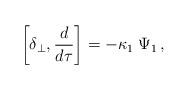
LaTeX: \begin{align*}\left[ \delta_\perp , {d \over d\tau} \right] = - \kappa_1 \; \Psi_1 \,,\end{align*}